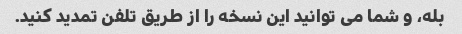
بله، و شما می توانید این نسخه را از طریق تلفن تمدید کنید.